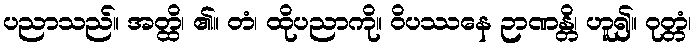
ပညာသည်။ အတ္ထိ၊ ၏။ တံ၊ ထိုပညာကို။ ဝိပဿနေ ဉာဏန္တိ၊ ဟူ၍။ ဝုတ္တံ၊